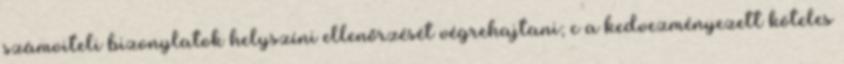
számviteli bizonylatok helyszíni ellenőrzését végrehajtani; c a kedvezményezett köteles